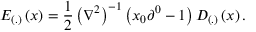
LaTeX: E _ { \left( . \right) } \left( x \right) = \frac 1 2 \left( \nabla ^ { 2 } \right) ^ { - 1 } \left( x _ { 0 } \partial ^ { 0 } - 1 \right) D _ { \left( . \right) } \left( x \right) .